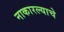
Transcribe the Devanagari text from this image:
नाकारल्याचे